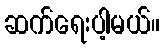
ဆက်ရေးပါ့မယ်။